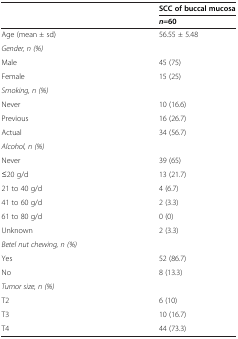
<table><thead><tr><td><b> </b></td><td><b>SCC of buccal mucosa</b></td></tr><tr><td><b> </b></td><td><b><i>n</i>=60</b></td></tr></thead><tbody><tr><td>Age (mean ± sd)</td><td>56.55 ± 5.48</td></tr><tr><td><i>Gender, n (%)</i></td><td> </td></tr><tr><td>Male</td><td>45 (75)</td></tr><tr><td>Female</td><td>15 (25)</td></tr><tr><td><i>Smoking, n (%)</i></td><td> </td></tr><tr><td>Never</td><td>10 (16.6)</td></tr><tr><td>Previous</td><td>16 (26.7)</td></tr><tr><td>Actual</td><td>34 (56.7)</td></tr><tr><td><i>Alcohol, n (%)</i></td><td> </td></tr><tr><td>Never</td><td>39 (65)</td></tr><tr><td>≤20 g/d</td><td>13 (21.7)</td></tr><tr><td>21 to 40 g/d</td><td>4 (6.7)</td></tr><tr><td>41 to 60 g/d</td><td>2 (3.3)</td></tr><tr><td>61 to 80 g/d</td><td>0 (0)</td></tr><tr><td>Unknown</td><td>2 (3.3)</td></tr><tr><td><i>Betel nut chewing, n (%)</i></td><td> </td></tr><tr><td>Yes</td><td>52 (86.7)</td></tr><tr><td>No</td><td>8 (13.3)</td></tr><tr><td><i>Tumor size, n (%)</i></td><td> </td></tr><tr><td>T2</td><td>6 (10)</td></tr><tr><td>T3</td><td>10 (16.7)</td></tr><tr><td>T4</td><td>44 (73.3)</td></tr></tbody></table>